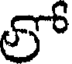
లో